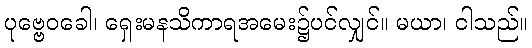
ပုဗ္ဗေဝခေါ၊ ရှေးမနသိကာရအမေး၌ပင်လျှင်။ မယာ၊ ငါသည်။